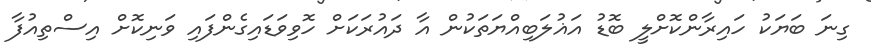
ގިނަ ބަޔަކު ހައިރާންކޮށްލީ ބޮޑު އަޣުލަބިއްޔަތަކުން އާ ދައުރަކަށް ހޮވިވަޑައިގެންފައި ވަނިކޮށް އިސްތިއުފާ